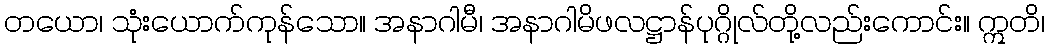
တယော၊ သုံးယောက်ကုန်သော။ အနာဂါမီ၊ အနာဂါမိဖလဋ္ဌာန်ပုဂ္ဂိုလ်တို့လည်းကောင်း။ ဣတိ၊